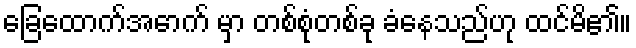
ခြေထောက်အောက် မှာ တစ်စုံတစ်ခု ခံနေသည်ဟု ထင်မိ၏။